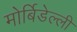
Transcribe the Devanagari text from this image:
मोर्बिडेल्ली